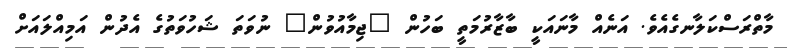
މާތްރަސްކަލާނގެއެވެ. އަނެއް މާނައަކީ ބާޒާރުމަތީ ބަހުން "ޖިމާއުވުން" ނުވަތަ ޝަހުވަތުގެ އެދުން އަމިއްލައަށް